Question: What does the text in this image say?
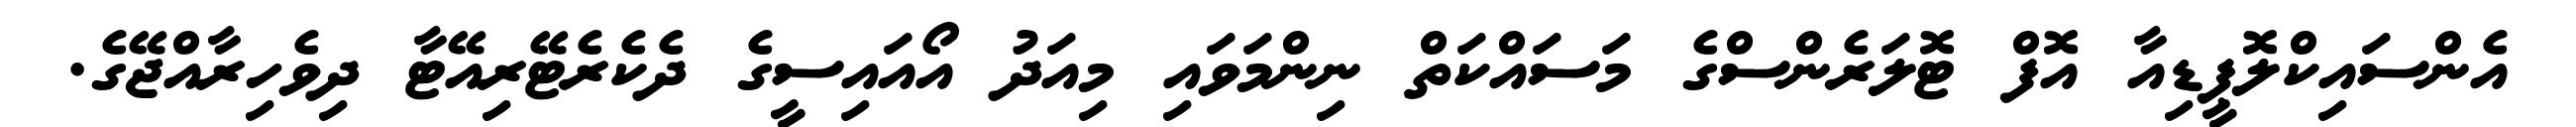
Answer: އެންސައިކްލޮޕީޑިއާ އޮފް ޓޮލަރެންސްގެ މަސައްކަތް ނިންމަވައި މިއަދު އޯއައިސީގެ ދެކެރެޓޭރިއޭޓާ ދިވެހިރާއްޖޭގެ.